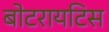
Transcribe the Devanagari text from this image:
बोटरायटिस